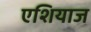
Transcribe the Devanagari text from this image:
एशियाज